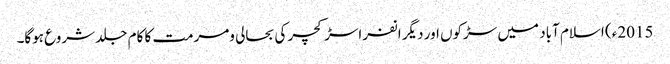
2015ء) اسلام آباد میں سڑکوں اور دیگر انفراسڑکچر کی بحالی ومرمت کا کام جلد شروع ہوگا۔